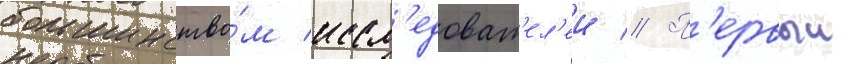
большинство́м иссл'едоват'ел'еи // П'ервыи